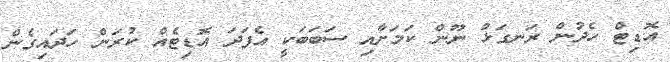
އޮޑިޓް ހެދުން ރަނގަޅު ނޫން ކަމަށާއި ސަބަބަކީ އެފަދަ އޮޑިޓެއް ކުރަން ހަދައިގެން